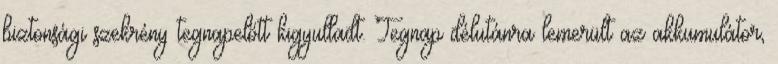
biztonsági szekrény tegnapelőtt kigyulladt. Tegnap délutánra lemerült az akkumulátor,